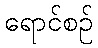
ရောင်စဉ်